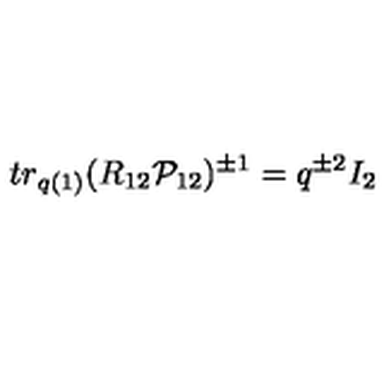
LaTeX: t r _ { q ( 1 ) } ( R _ { 1 2 } { \cal P } _ { 1 2 } ) ^ { \pm 1 } = q ^ { \pm 2 } I _ { 2 }